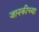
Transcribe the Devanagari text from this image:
जानकीच्या